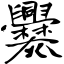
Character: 爨